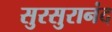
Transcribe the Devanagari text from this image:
सुरसुरानंद